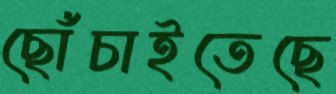
ছোঁচাইতেছে